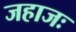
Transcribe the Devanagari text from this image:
जहाजः